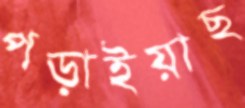
পড়াইয়াছ